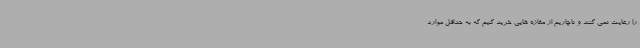
را رعایت نمی کنند و ناچاریم از مغازه هایی خرید کنیم که به حداقل موارد